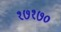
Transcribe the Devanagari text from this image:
१७१७०